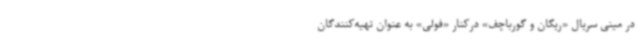
در مینی سریال «ریگان و گورباچف» درکنار «فولی» به عنوان تهیه‌کنندگان